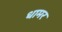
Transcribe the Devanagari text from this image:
धामर